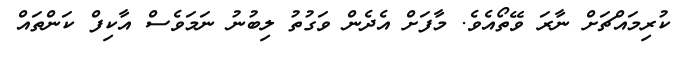
ކުރިމައްޗަށް ނާރަ ވޭތޯއެވެ. މާފަށް އެދެން ވަގުތު ލިބުނު ނަމަވެސް އާކިފް ކަންތައް